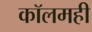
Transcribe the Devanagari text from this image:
कॉलमही